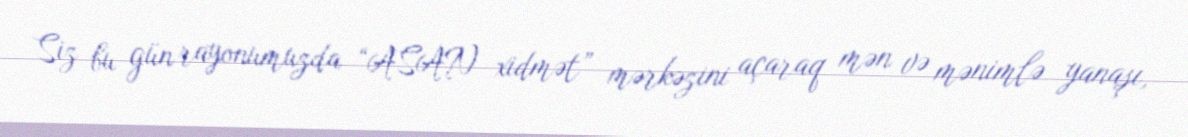
Siz bu gün rayonumuzda “ASAN xidmət” mərkəzini açaraq mən və mənimlə yanaşı,